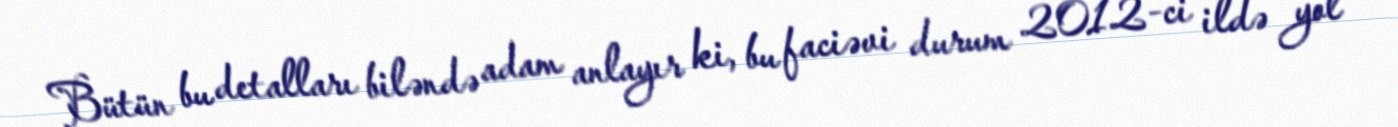
Bütün bu detalları biləndə adam anlayır ki, bu faciəvi durum 2012-ci ildə yol